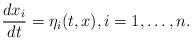
LaTeX: \begin{align*} \frac{dx_i}{dt} = \eta_i(t, x), i = 1, \dots, n.\end{align*}